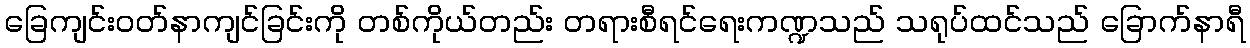
ခြေကျင်းဝတ်နာကျင်ခြင်းကို တစ်ကိုယ်တည်း တရားစီရင်ရေးကဏ္ဍသည် သရုပ်ထင်သည် ခြောက်နာရီ